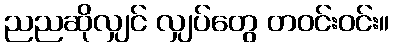
ညညဆိုလျှင် လျှပ်တွေ တဝင်းဝင်း။